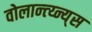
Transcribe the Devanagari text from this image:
वोलान्त्य्न्य्स